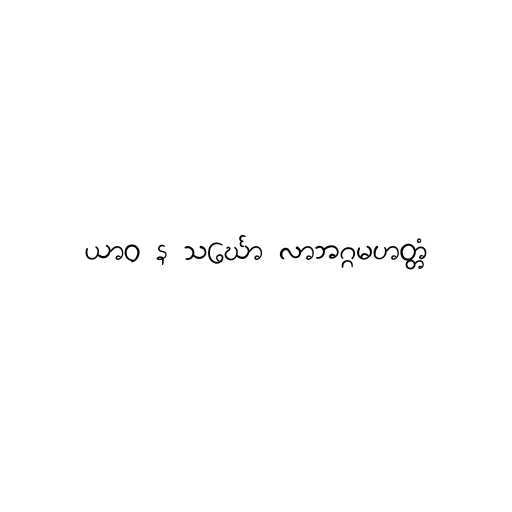
ယာဝ န သင်္ဃော လာဘဂ္ဂမဟတ္တံ